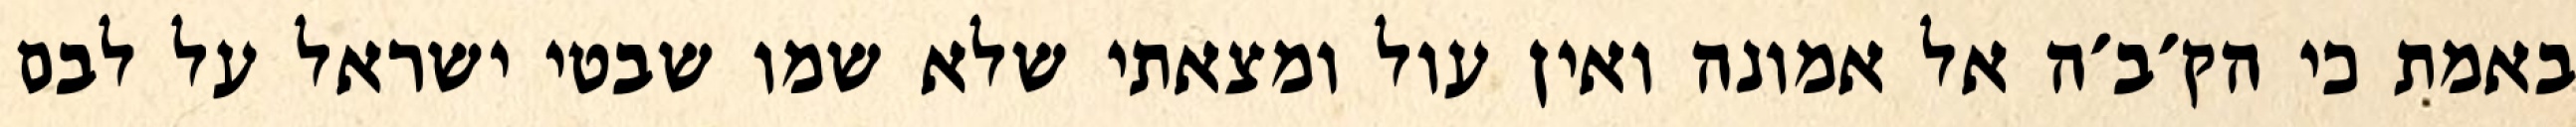
באמת כי הק׳ב׳ה אל אמונה ואין עול ומצאתי שלא שמו שבטי ישראל על לבם